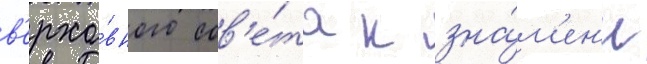
в'ерхо́вного сов'е́та к зна́м'ен'и